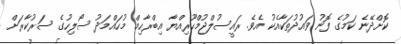
ކޮށްދޭނެ ކަމުގެ ފޮނު ވައުދުތަކާއެކު އެވެ. ރައީސުލްޖުމްހޫރިއްޔާ އިބްރާހިމް މުހައްމަދު ސޯލިހުގެ ސަރުކާރަށް